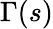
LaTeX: \Gamma(s)